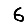
Digit: 6